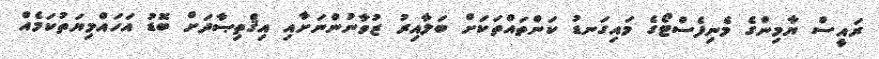
ރައީސް ޔާމިންގެ މެނިފެސްޓޯގެ މައިގަނޑު ކަންތައްތަކަށް ބަލާއިރު ޒުވާނުންނަށާއި އިޤްތިޞާދަށް ބޮޑު އަހައްމިޔަތުކަމެއް